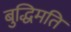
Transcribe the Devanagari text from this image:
बुद्धिमति